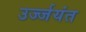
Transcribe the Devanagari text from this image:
उर्ज्जयंत